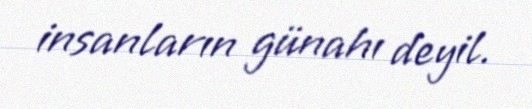
insanların günahı deyil.